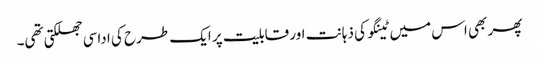
پھر بھی اس میں ٹینگو کی ذہانت اور قابلیت پر ایک طرح کی اداسی جھلکتی تھی۔